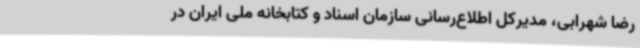
رضا شهرابی، مدیرکل اطلاع‌رسانی سازمان اسناد و کتابخانه ملی ایران در